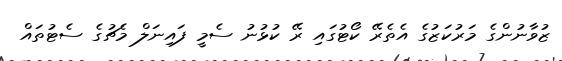
ޒުވާނުންގެ މަރުކަޒުގެ އެތެރޭ ކޯޓުގައި ރޭ ކުޅުނު ސެމީ ފައިނަލް މެޗުގެ ސެޓުތައް